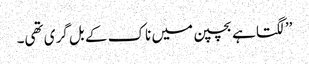
’’لگتا ہے بچپن میں ناک کے بل گری تھی۔